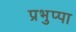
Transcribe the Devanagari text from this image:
प्रभुप्पा